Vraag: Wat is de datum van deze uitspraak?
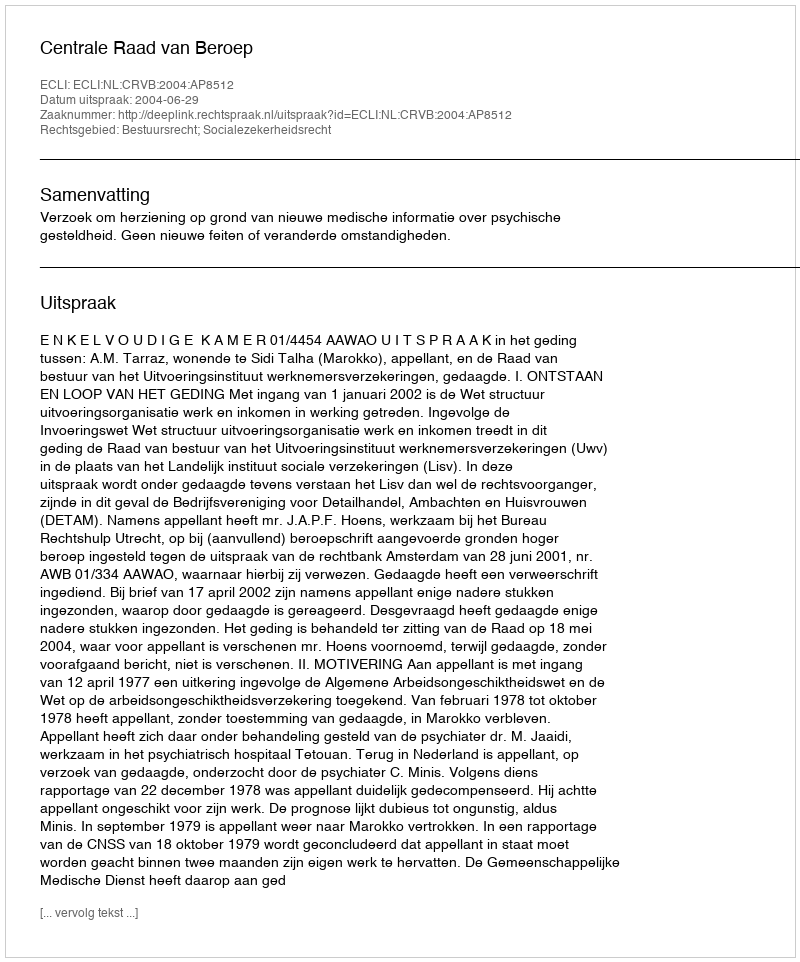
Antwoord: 2004-06-29